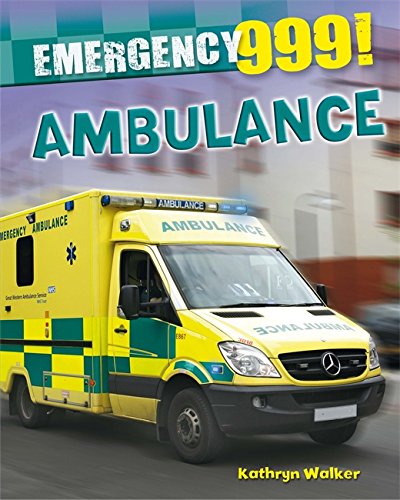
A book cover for Ambulance (Emergency 999!); Kathryn Walker; Medical Books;